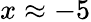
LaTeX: x\approx-5